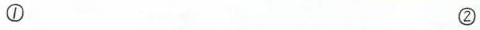
① ②